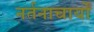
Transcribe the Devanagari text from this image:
नर्तनाचार्यों